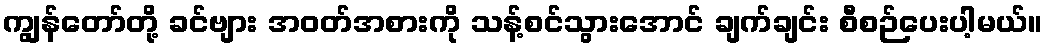
ကျွန်တော်တို့ ခင်ဗျား အဝတ်အစားကို သန့်စင်သွားအောင် ချက်ချင်း စီစဉ်ပေးပါ့မယ်။